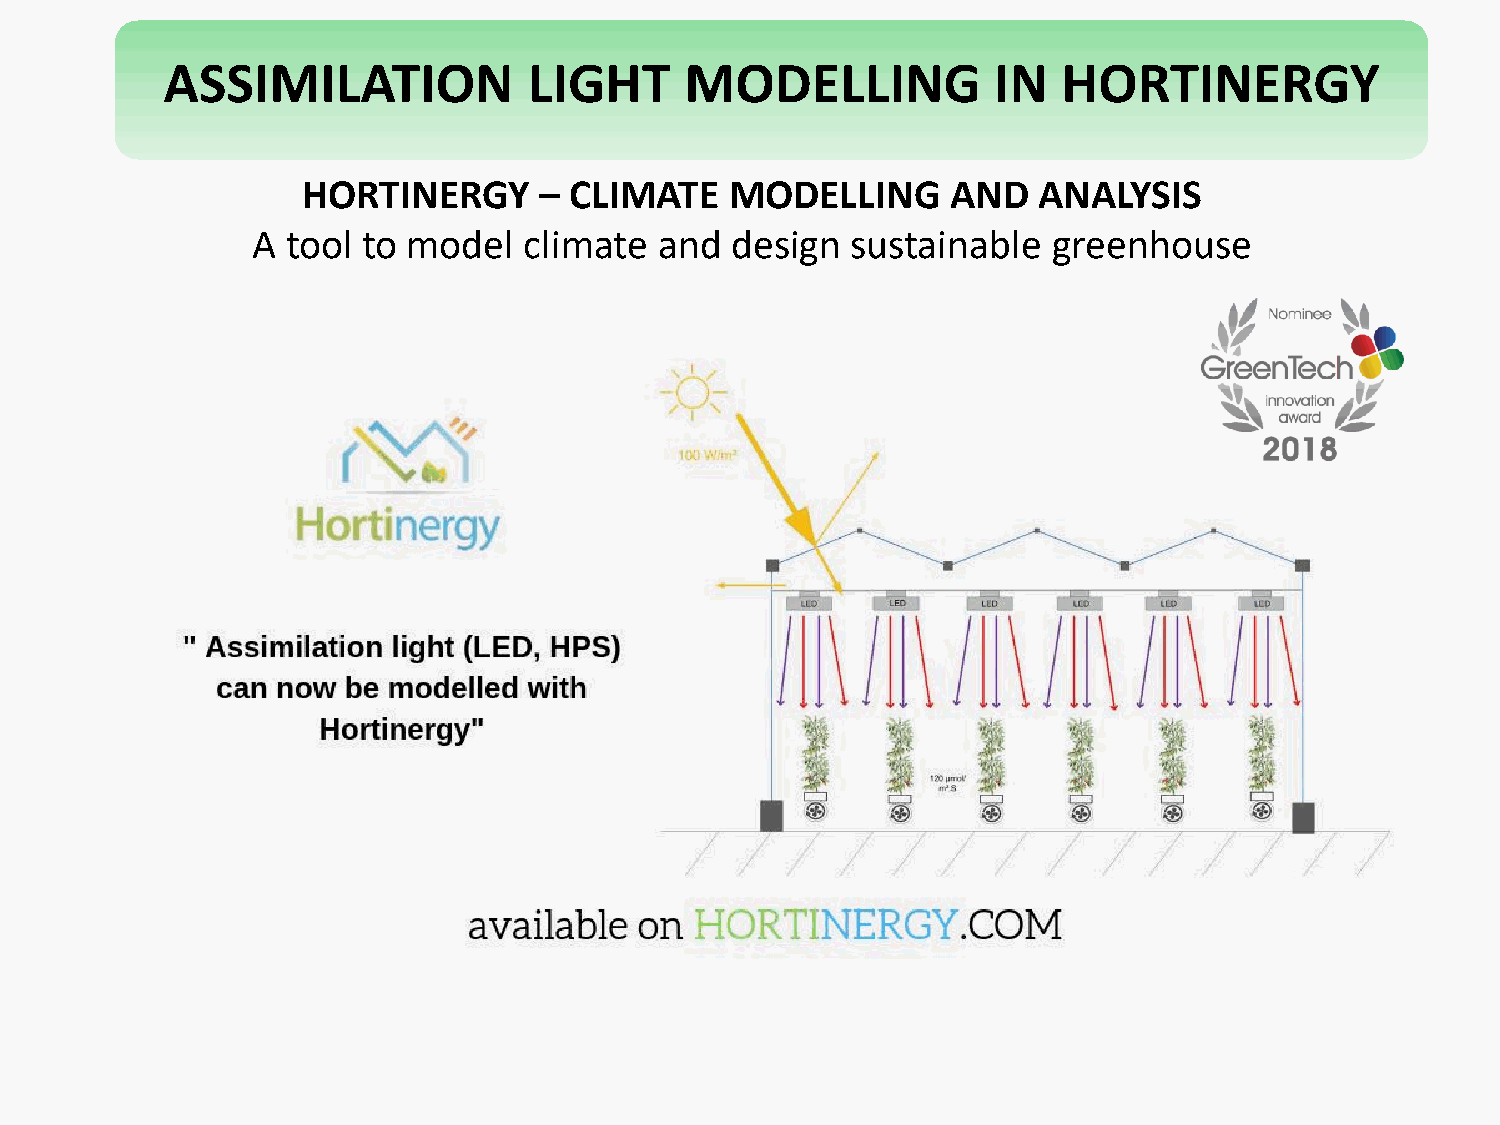
ASSIMILATION            LIGHT     MODELLING            IN  HORTINERGY
 HORTINERGY      – CLIMATE   MODELLING      AND   ANALYSIS
 A tool to model   climate  and design  sustainable   greenhouse